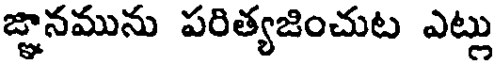
జ్ఞానమును పరిత్యజించుట ఎట్లు